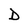
Character: D